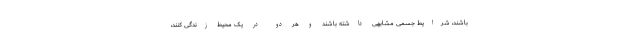
باشند، شرایط جسمی مشابهی داشته باشند و هر دو در یک محیط زندگی کنند،